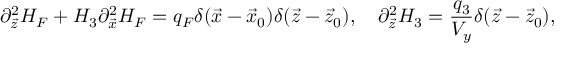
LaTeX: \partial _ { \vec { z } } ^ { 2 } H _ { F } + H _ { 3 } \partial _ { \vec { x } } ^ { 2 } H _ { F } = q _ { F } \delta ( { \vec { x } - \vec { x } _ { 0 } } ) \delta ( \vec { z } - \vec { z } _ { 0 } ) , \ \ \ \partial _ { \vec { z } } ^ { 2 } H _ { 3 } = { \frac { q _ { 3 } } { V _ { y } } } \delta ( { \vec { z } - \vec { z } _ { 0 } } ) ,